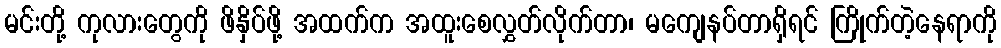
မင်းတို့ ကုလားတွေကို ဖိနှိပ်ဖို့ အထက်က အထူးစေလွှတ်လိုက်တာ၊ မကျေနပ်တာရှိရင် ကြိုက်တဲ့နေရာကို